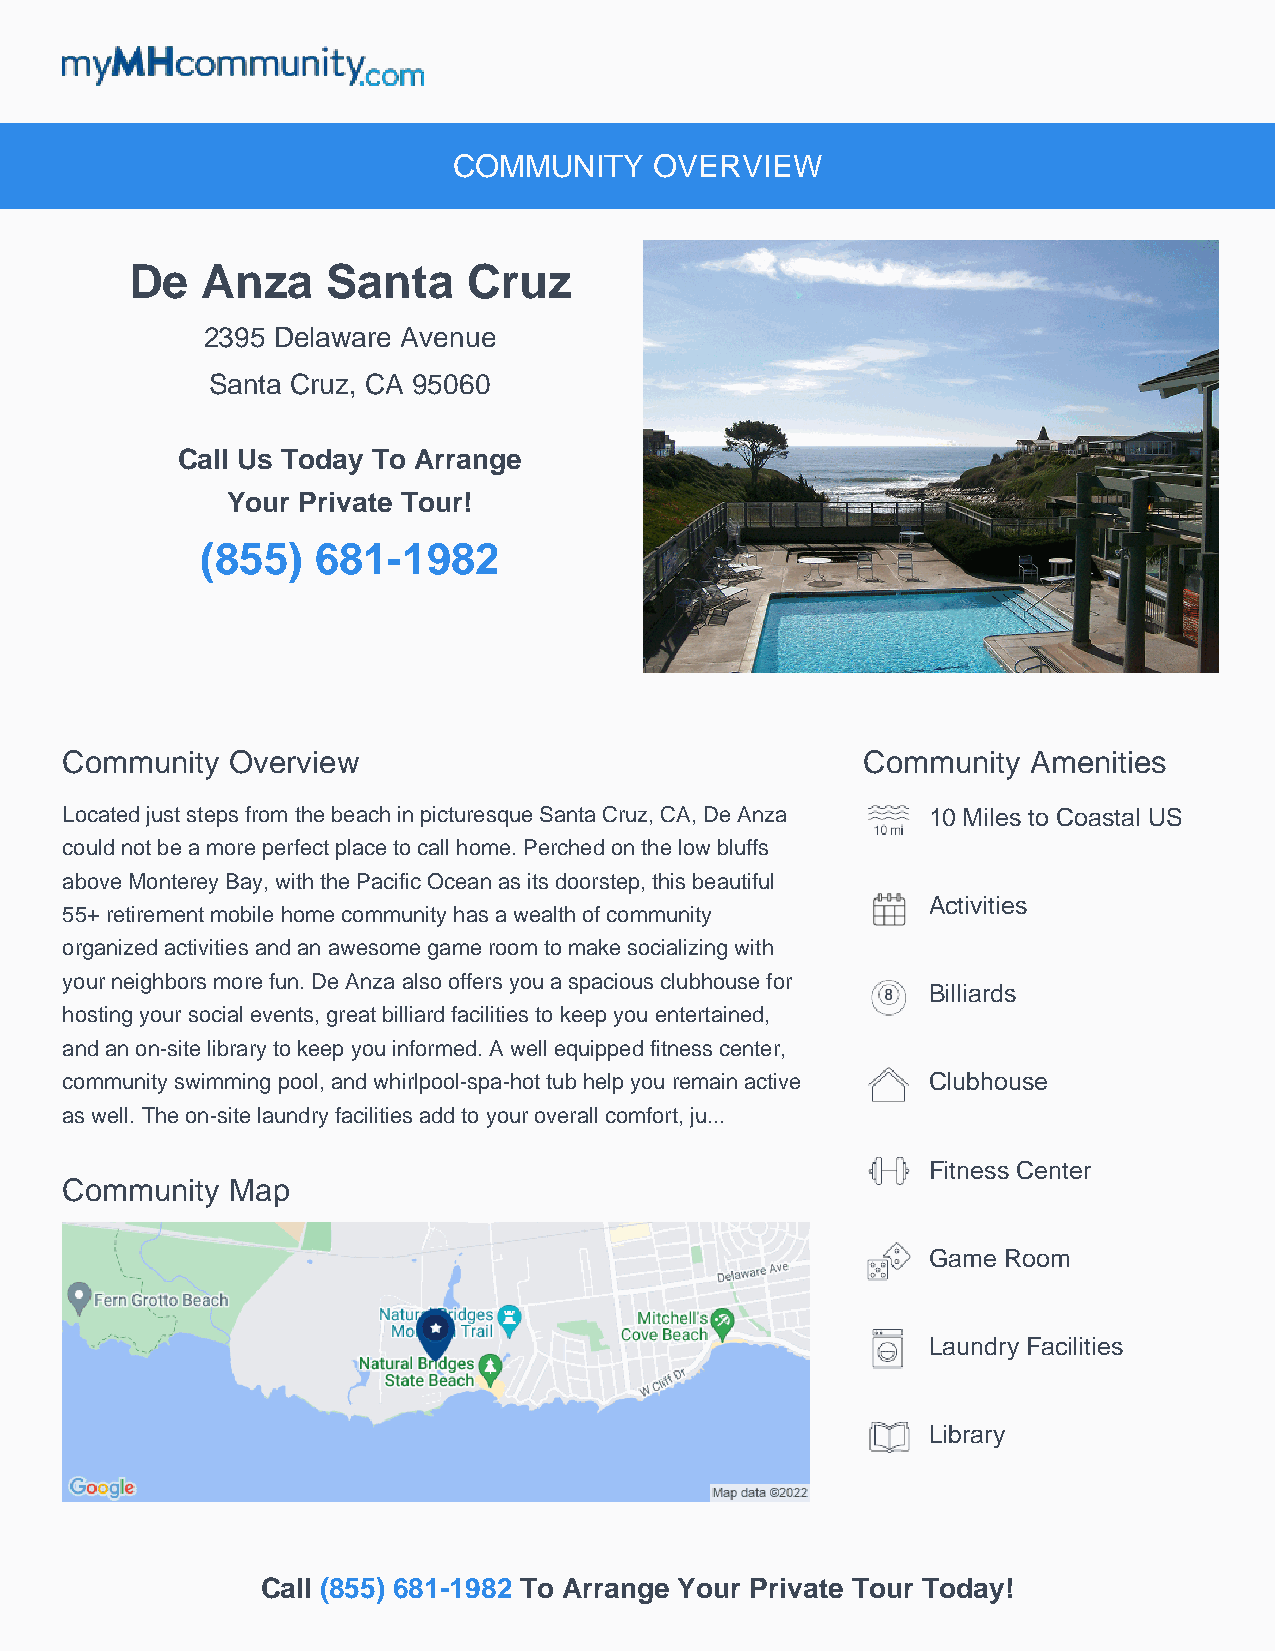
mymhcommunity.com
 COMMUNITY    OVERVIEW
 De  Anza     Santa    Cruz
 2395 Delaware Avenue
 Santa Cruz, CA 95060
 Call Us Today To Arrange
 Your Private Tour!
 (855)   681-1982
 Community  Overview                                  Community  Amenities
 Located just steps from the beach in picturesque Santa Cruz, CA, De Anza 10 Miles to Coastal US
 could not be a more perfect place to call home. Perched on the low bluffs
 above Monterey Bay, with the Pacific Ocean as its doorstep, this beautiful
 Activities
 55+ retirement mobile home community has a wealth of community
 organized activities and an awesome game room to make socializing with
 your neighbors more fun. De Anza also offers you a spacious clubhouse for
 Billiards
 hosting your social events, great billiard facilities to keep you entertained,
 and an on-site library to keep you informed. A well equipped fitness center,
 community swimming pool, and whirlpool-spa-hot tub help you remain active Clubhouse
 as well. The on-site laundry facilities add to your overall comfort, ju...
 Fitness Center
 Community  Map
 Game Room
 Laundry Facilities
 Library
 Call (855) 681-1982 To Arrange Your Private Tour Today!